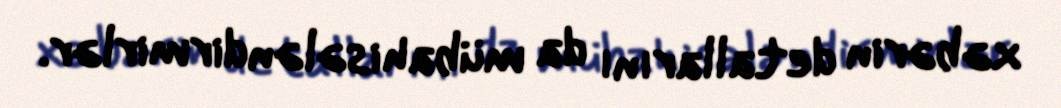
xəbərin detallarını da mübahisələndirmirlər.